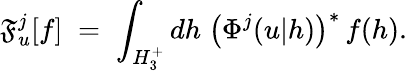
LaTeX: \mathfrak{F}_{u}^{j}[f]\; =\; \int_{H_{3}^{+}}dh\; \bigl(\Phi^{j}(u|h)\bigr)^{*}\, f(h).